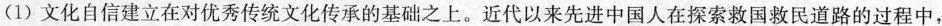
(1) 文化自信建立在对优秀传统文化传承的基础之上。近代以来先进中国人在探索救国救民道路的过程中，